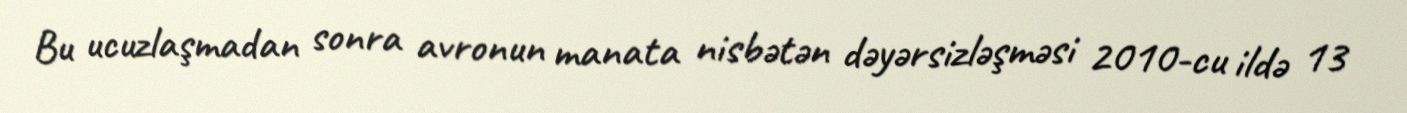
Bu ucuzlaşmadan sonra avronun manata nisbətən dəyərsizləşməsi 2010-cu ildə 13